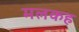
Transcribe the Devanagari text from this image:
मलकह